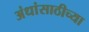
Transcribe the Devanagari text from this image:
अंधांसाठीच्या